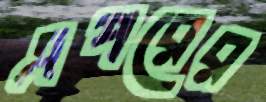
এপরের